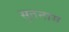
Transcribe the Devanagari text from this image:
सुतनाम